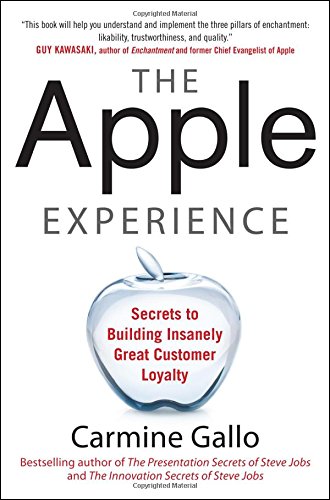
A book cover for The Apple Experience: Secrets to Building Insanely Great Customer Loyalty; Carmine Gallo; Computers & Technology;